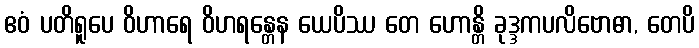
ဧဝံ ပတိရူပေ ဝိဟာရေ ဝိဟရန္တေန ယေပိဿ တေ ဟောန္တိ ခုဒ္ဒကပလိဗောဓာ, တေပိ